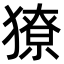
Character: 獠